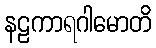
နဠကာရဂါမောတိ